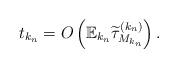
LaTeX: \begin{align*} t_{k_n}=O\left(\mathbb{E}_{k_n}\widetilde{\tau}^{(k_n)}_{M_{k_n}}\right).\end{align*}